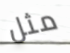
مثل